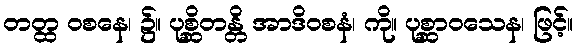
တတ္ထ ဝစနေ၊ ၌။ ပုစ္ဆိတန္တိ အာဒိဝစနံ၊ ကို။ ပုစ္ဆာဝသေန၊ ဖြင့်။